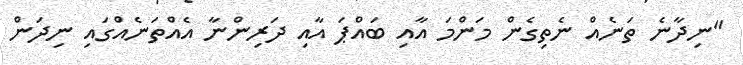
"ނިދާނެ ތަނެއް ނެތިގެން މަންމަ އާއި ބައްޕަ އާއި ދަރިންނާ އެއްތަނެއްގައި ނިދަން